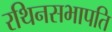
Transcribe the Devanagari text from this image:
रथिनसभापति